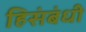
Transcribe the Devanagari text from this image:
हिसंबंधी